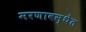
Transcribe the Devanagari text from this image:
मरणावस्थेत